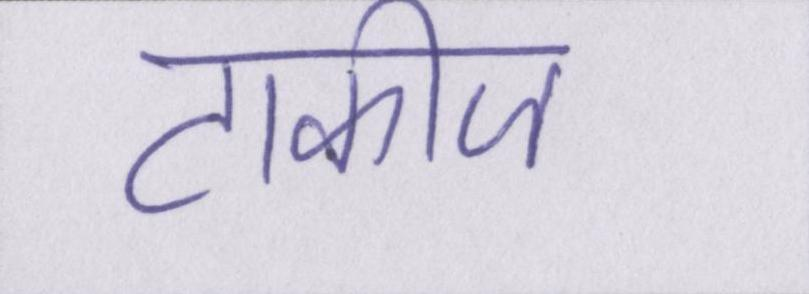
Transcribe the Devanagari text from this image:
टाकीज